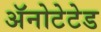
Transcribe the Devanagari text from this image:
ॲनोटेटेड